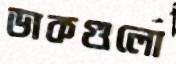
ডাকগুলো